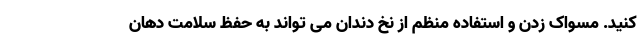
کنید. مسواک زدن و استفاده منظم از نخ دندان می تواند به حفظ سلامت دهان